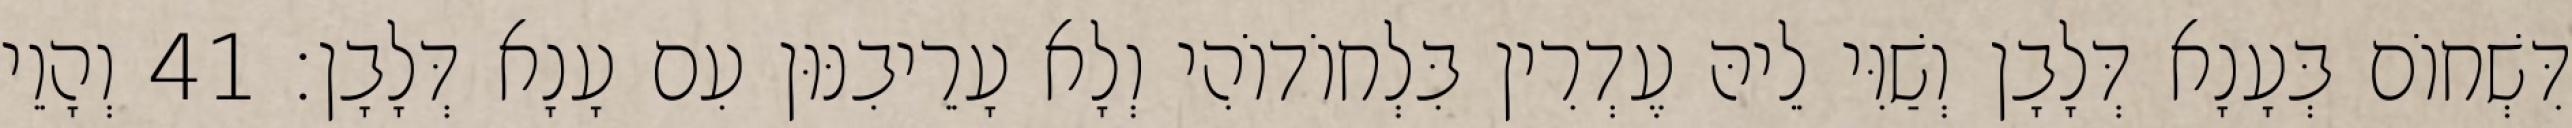
דִּשְׁחוֹם בְּעָנָא דְּלָבָן וְשַׁוִּי לֵיהּ עֶדְרִין בִּלְחוֹדוֹהִי וְלָא עָרֵיבִנּוּן עִם עָנָא דְּלָבָן׃ 41 וְהָוֵי